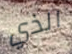
الذي